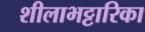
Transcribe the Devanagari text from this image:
शीलाभट्टारिका